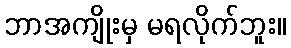
ဘာအကျိုးမှ မရလိုက်ဘူး။